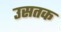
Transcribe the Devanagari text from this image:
उसतक